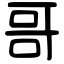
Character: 哥